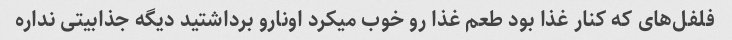
فلفل‌های که کنار غذا بود طعم غذا رو خوب میکرد اونارو برداشتید دیگه جذابیتی نداره